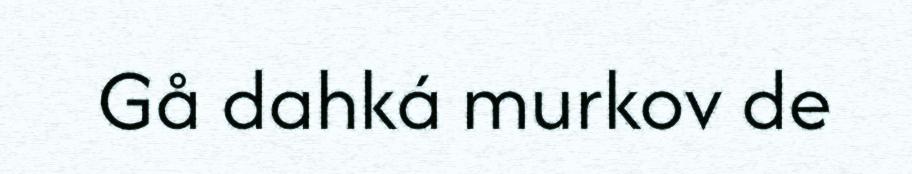
Gå dahká murkov de